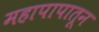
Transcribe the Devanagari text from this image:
महापापातून